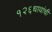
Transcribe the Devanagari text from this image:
१२६धावांची